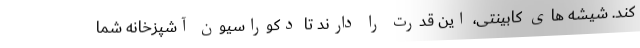
کند. شیشه های کابینتی، این قدرت را دارند تا دکوراسیون آشپزخانه شما